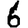
Digit: 6